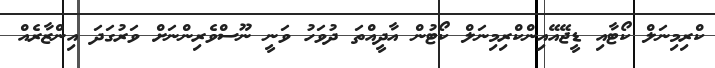
ކްރިމިނަލް ކޯޓާއި ޑީޖޭއޭއިންކްރިމިނަލް ކޯޓުން އާދީއްތަ ދުވަހު ވަނީ ނޫސްވެރިންނަށް ވަރުގަދަ އިންޒާރެއް